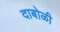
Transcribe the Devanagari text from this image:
दाबोळी